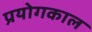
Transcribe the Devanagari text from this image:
प्रयोगकाल